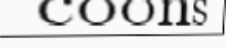
coons